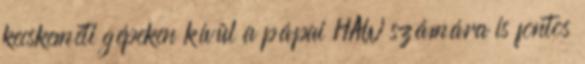
kecskeméti gépeken kívül a pápai HAW számára is fontos